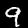
Label: 9